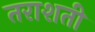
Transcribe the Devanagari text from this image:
तराशती